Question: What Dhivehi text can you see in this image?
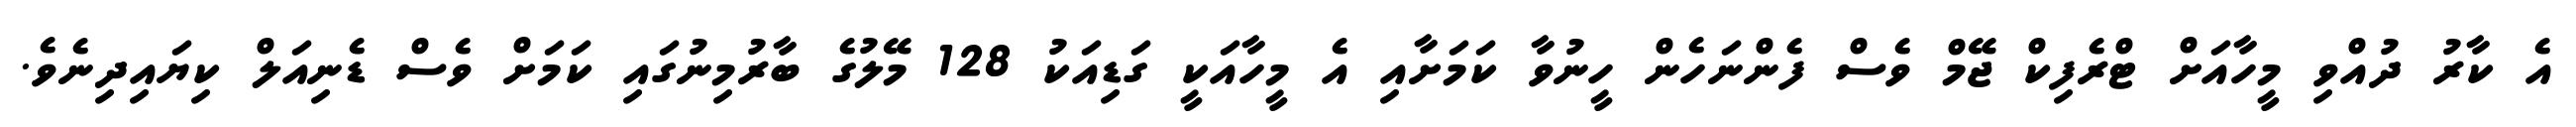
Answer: އެ ކާރު ދުއްވި މީހާއަށް ޓްރެފިކް ޖޭމް ވެސް ފެންނަހެން ހީނުވާ ކަމަށާއި އެ މީހާއަކީ ގަޑިއަކު 128 މޭލުގެ ބާރުމިނުގައި ކަމަށް ވެސް ޑެނިއަލް ކިޔައިދިނެވެ.